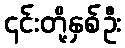
၎င်းတို့နှစ်ဦး